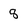
Character: 8